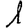
Digit: 1